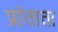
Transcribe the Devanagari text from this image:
प्रांताता